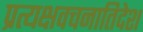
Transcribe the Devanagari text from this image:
प्रत्यक्षवचनातिदेश